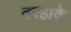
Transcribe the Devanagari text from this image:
तरहाके